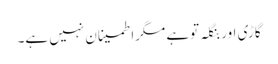
گاڑی اور بنگلہ توہے مگراطمینان نہیں ہے۔